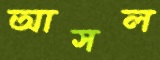
আসল